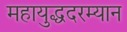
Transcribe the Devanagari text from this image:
महायुद्धदरम्यान